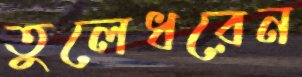
তুলেধরেন